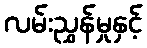
လမ်းညွှန်မှုနှင့်